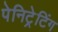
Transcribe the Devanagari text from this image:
पेनिट्रेटिंग